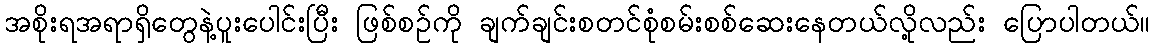
အစိုးရအရာရှိတွေနဲ့ပူးပေါင်းပြီး ဖြစ်စဉ်ကို ချက်ချင်းစတင်စုံစမ်းစစ်ဆေးနေတယ်လို့လည်း ပြောပါတယ်။